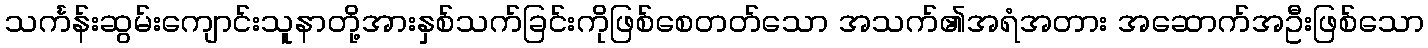
သင်္ကန်းဆွမ်းကျောင်းသူနာတို့အားနှစ်သက်ခြင်းကိုဖြစ်စေတတ်သော အသက်၏အရံအတား အဆောက်အဦးဖြစ်သော